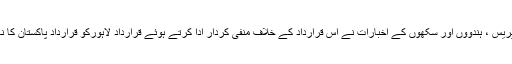
ہندو پریس ، ہندوؤں اور سکھوں کے اخبارات نے اس قرارداد کے خلاف منفی کردار ادا کرتے ہوئے قرارداد لاہورکو قرارداد پاکستان کا نام دیا۔